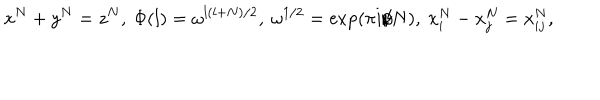
x ^ { N } + y ^ { N } = z ^ { N } , ~ \Phi ( l ) = \omega ^ { l ( l + N ) / 2 } , ~ \omega ^ { 1 / 2 } = \exp ( \pi i / N ) , { } ~ x _ { i } ^ { N } - x _ { j } ^ { N } = x _ { i j } ^ { N } ,